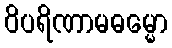
ဝိပရိဏာမဓမ္မော